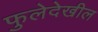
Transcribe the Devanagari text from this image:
फुलेदेखील